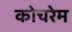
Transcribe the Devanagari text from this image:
कोचरेम